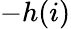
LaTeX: -h(i)